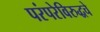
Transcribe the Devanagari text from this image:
परंपरेविरुद्धचे